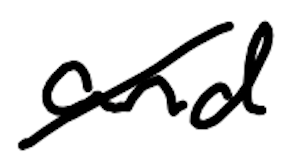
Text: and
Cross-out: diagonal
Writing tool: digital_black